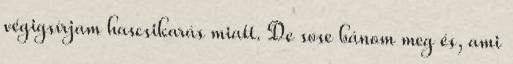
végigsírjam hascsikarás miatt. De sose bánom meg és, ami